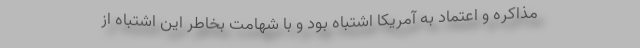
مذاکره و اعتماد به آمریکا اشتباه بود و با شهامت بخاطر این اشتباه از